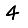
Digit: 4